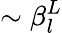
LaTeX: \sim\beta_{l}^{L}